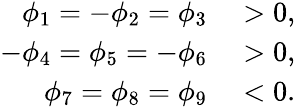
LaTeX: \begin{array}{rl}{\phi_{1}=-\phi_{2}=\phi_{3}}&{{}>0,}\\ {-\phi_{4}=\phi_{5}=-\phi_{6}}&{{}>0,}\\ {\phi_{7}=\phi_{8}=\phi_{9}}&{{}<0.}\end{array}